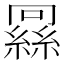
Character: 𬗶